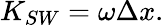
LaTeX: K_{SW}=\omega\Delta x.